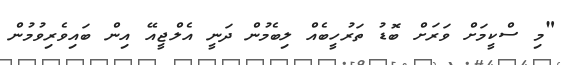
"މި ސްކީމަށް ވަރަށް ބޮޑު ތަރުހީބެއް ލިބެމުން ދަނީ އެލްޖީއޭ އިން ބައިވެރިވުމުން